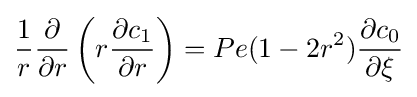
{\frac {1}{r}}{\frac {\partial }{\partial r}}\left(r{\frac {\partial c_{1}}{\partial r}}\right)=Pe(1-2r^{2}){\frac {\partial c_{0}}{\partial \xi }}